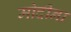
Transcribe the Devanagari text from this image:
मोदीना